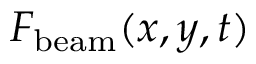
F _ { \mathrm { b e a m } } ( x , y , t )